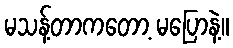
မသန့်တာကတော့ မပြောနဲ့။